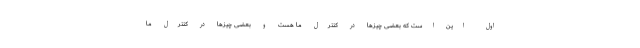
اول این است که بعضی چیزها در کنترل ما هست و بعضی چیزها در کنترل ما